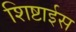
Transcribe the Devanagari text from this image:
शिष्टाईस